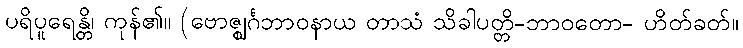
ပရိပူရေန္တိ၊ ကုန်၏။ (ဗောဇ္ဈင်္ဂဘာဝနာယ တာသံ သိခါပတ္တိ-ဘာဝတော- ဟိတ်ခတ်။